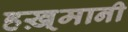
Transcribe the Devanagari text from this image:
हख़्मानी